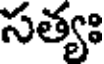
సత్యః